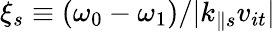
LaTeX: \xi_{s}\equiv(\omega_{0}-\omega_{1})/\lvert k_{\parallel s}v_{it}\rvert